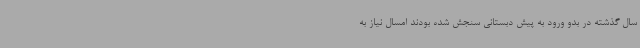
سال گذشته در بدو ورود به پیش دبستانی سنجش شده بودند امسال نیاز به